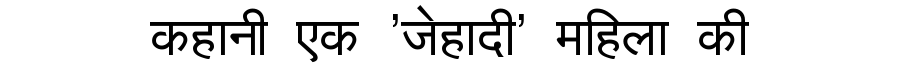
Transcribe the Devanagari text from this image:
कहानी एक 'जेहादी' महिला की